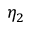
\eta _ { 2 }